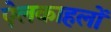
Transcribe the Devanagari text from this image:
ऐलकाहलों